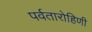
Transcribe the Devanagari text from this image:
पर्वतारोहिणी